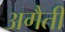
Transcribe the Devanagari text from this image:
अगैती